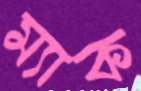
ম্যাক